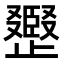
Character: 𣦪